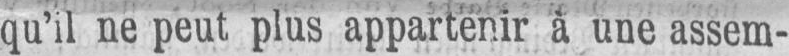
qu’il ne peut plus appartenir à une assem-